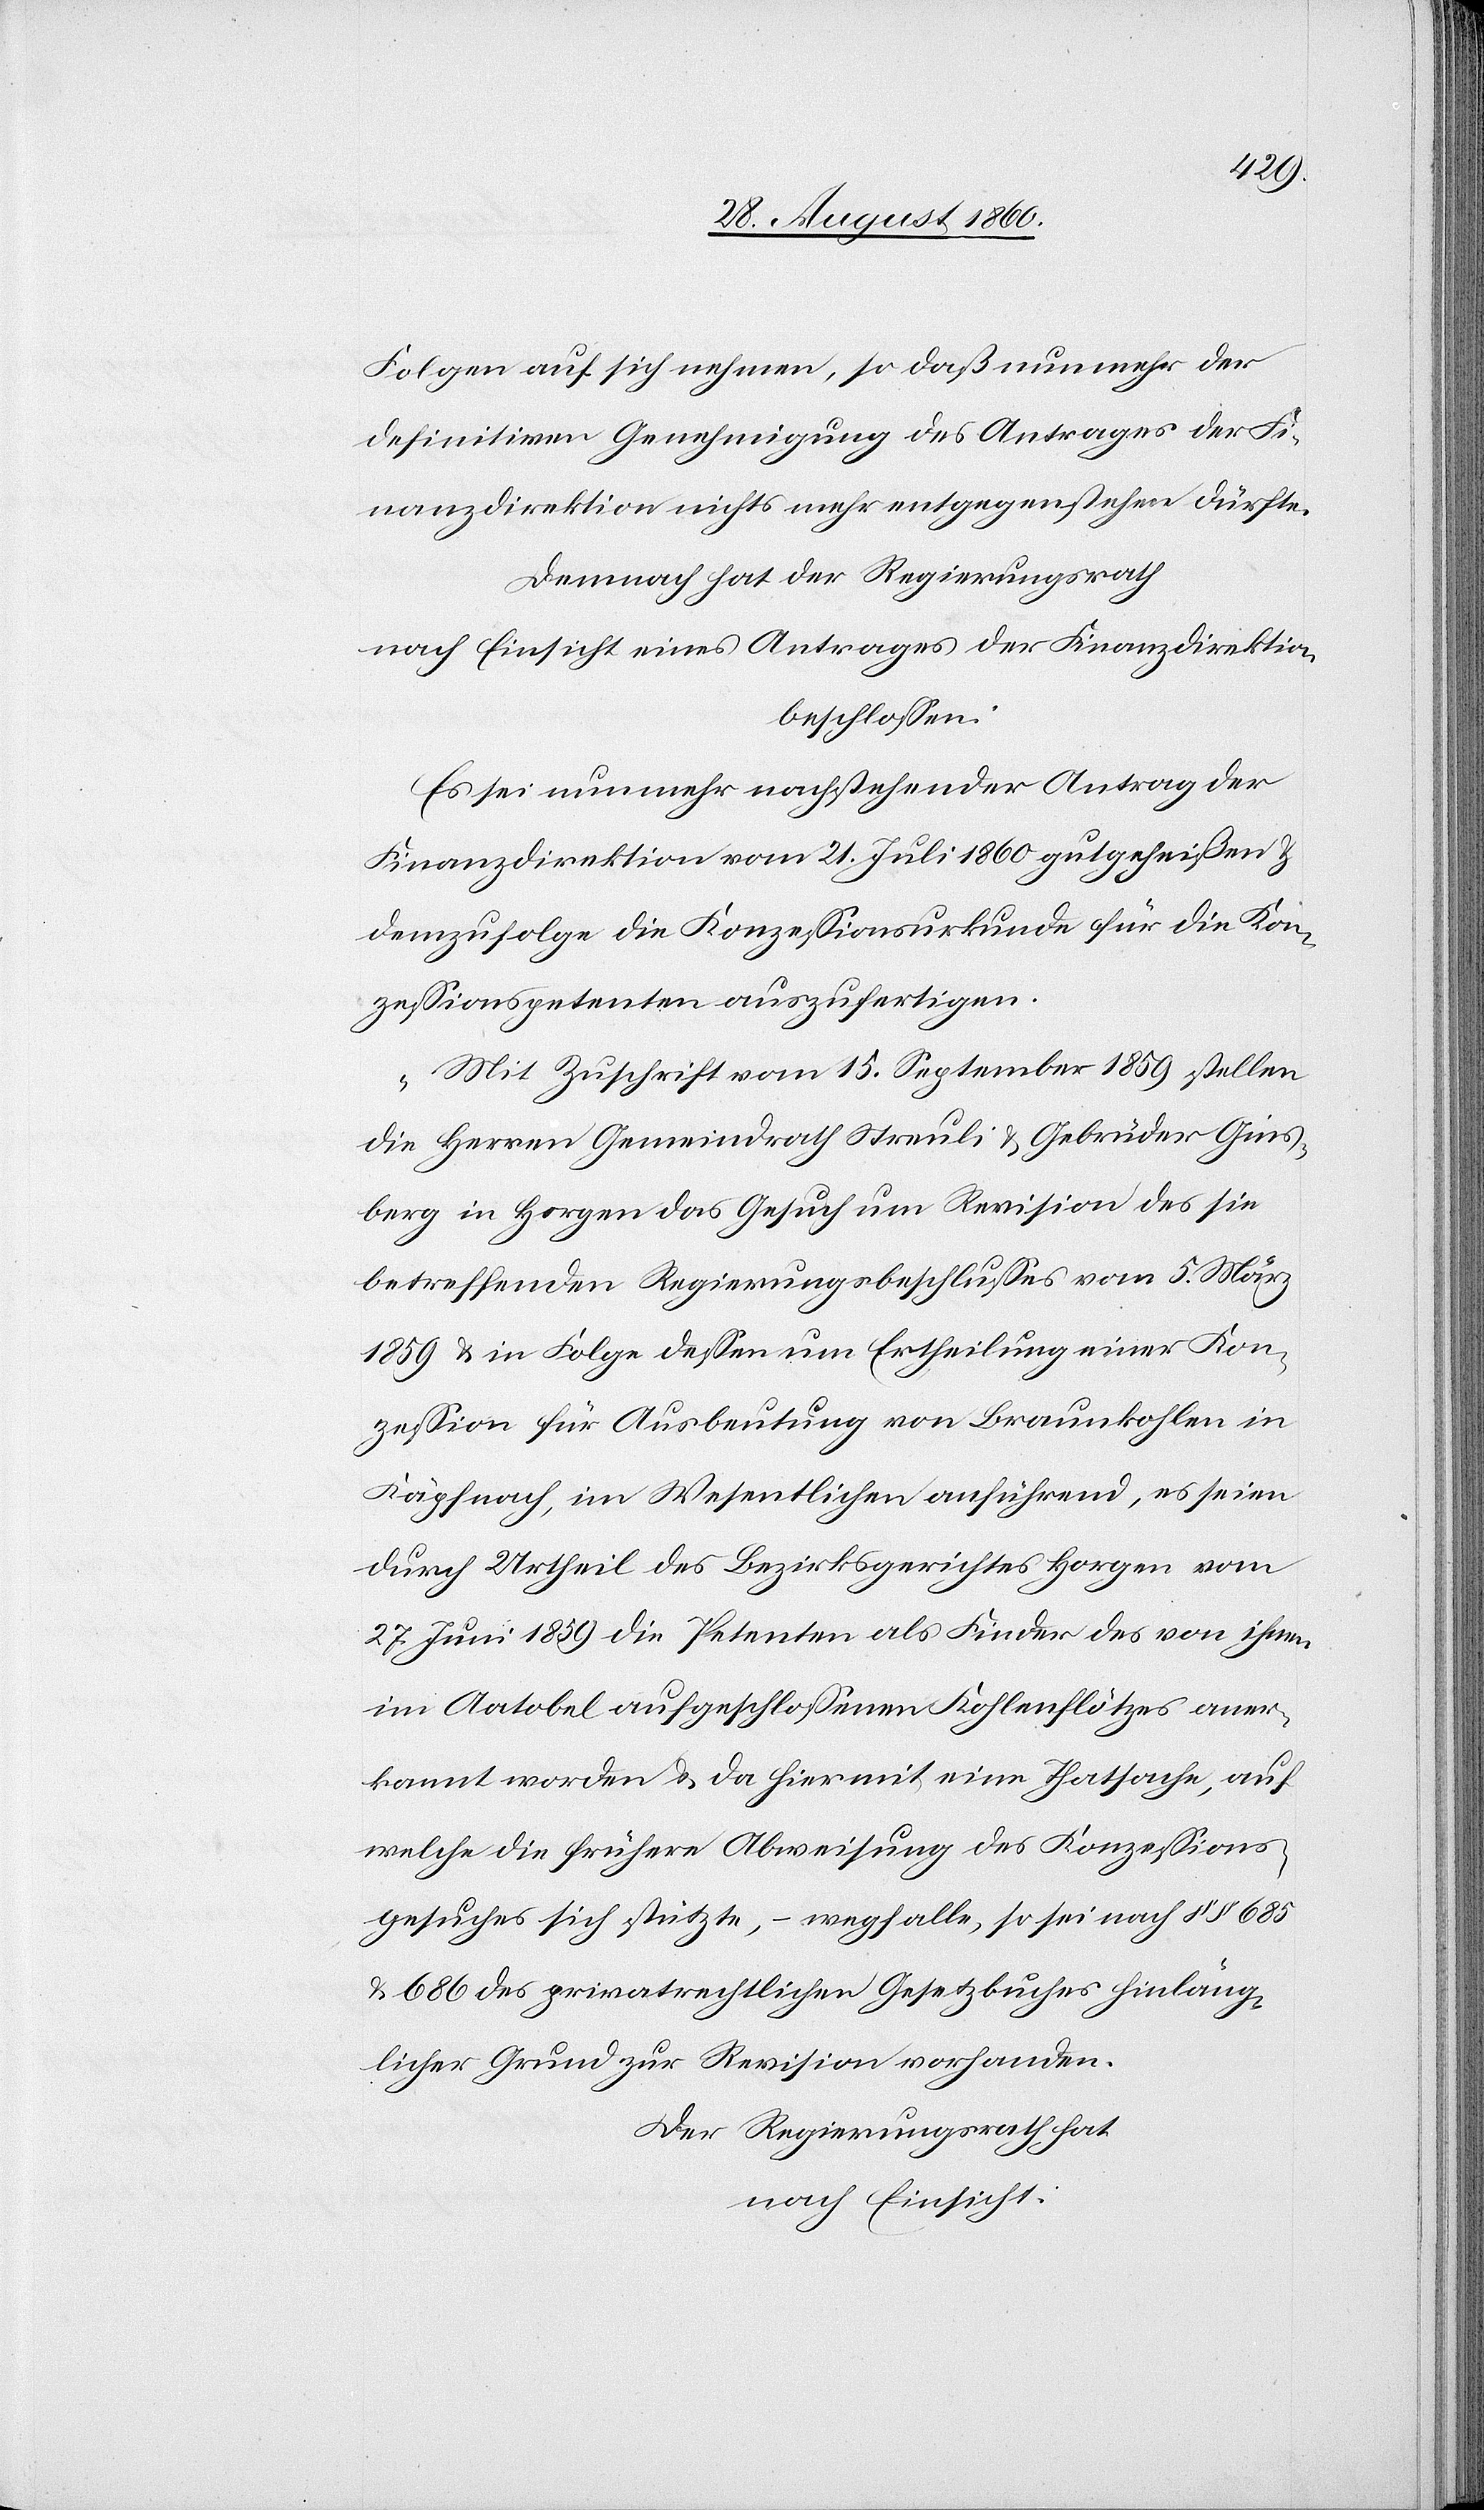
Folgen auf sich nehmen, so dass nunmehr der
definitiven Genehmigung des Antrags der Fi¬
nanzdirektion nichts mehr entgegenstehen dürfte.
Demnach hat der Regierungsrath,
nach Einsicht eines Antrages der Finanzdirektion
beschlossen:
Es sei nunmehr nachstehender Antrag der
Finanzdirektion vom 21. Juli 1860 gutgeheissen &
demzufolge die Conzessionsurkunde für die Con¬
zessionspetenten auszufertigen.
„Mit Zuschrift vom 15. September 1859 stellen
die Herren Gemeindrath Streuli u. Gebrüder Gins¬
berg in Horgen das Gesuch um Revision des sie
betreffenden Regierungsbeschlusses vom 5. März
1859 u. in Folge dessen um Ertheilung einer Con¬
zession für Ausbeutung von Braunkohlen in
Käpfnach im Wesentlichen anführend, es seien
durch Urtheil des Bezirksgerichtes Horgen vom
27. Juni 1859 die Petenten als Finder des von ihnen
im Aatobel aufgeschlossenen Kohlenflötzes aner¬
kannt worden und da hiermit eine Thatsache, auf
welche die frühere Abweisung des Conzessions¬
gesuches sich stützte, wegfalle, so sei nach §§. 685
u. 686 des privatrechtlichen Gesetzbuches hinläng¬
licher Grund zur Revision vorhanden.
Der Regierungsrath hat,
nach Einsicht